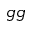
g g